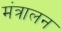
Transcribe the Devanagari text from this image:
मंत्रालन